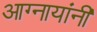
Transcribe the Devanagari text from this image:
आग्नायांनी